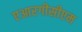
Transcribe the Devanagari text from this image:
एआरगीसीएम